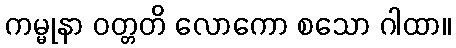
ကမ္မုနာ ဝတ္တတိ လောကော စသော ဂါထာ။